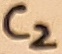
Text: C2